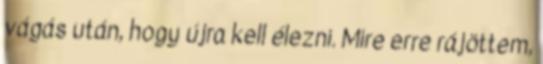
vágás után, hogy újra kell élezni. Mire erre rájöttem,